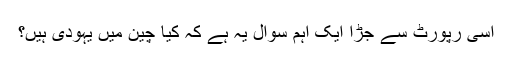
اسی رپورٹ سے جڑا ایک اہم سوال یہ ہے کہ کیا چین میں یہودی ہیں؟